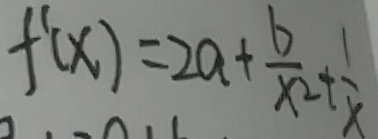
f ^ { \prime } ( x ) = 2 a + \frac { b } { x ^ { 2 } } + \frac { 1 } { x }